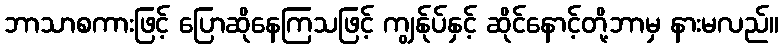
ဘာသာစကားဖြင့် ပြောဆိုနေကြသဖြင့် ကျွန်ုပ်နှင့် ဆိုင်နောင့်တို့ဘာမှ နားမလည်။